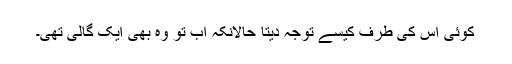
کوئی اس کی طرف کیسے توجہ دیتا حالانکہ اب تو وہ بھی ایک گالی تھی۔